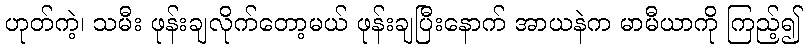
ဟုတ်ကဲ့၊ သမီး ဖုန်းချလိုက်တော့မယ် ဖုန်းချပြီးနောက် အာယနဲက မာမီယာကို ကြည့်၍